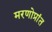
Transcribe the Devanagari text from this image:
मरणोप्रांत